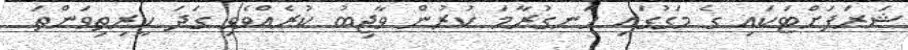
ޝަރަފަށްޓަކައި ގެ މަގުގައި ހަނގުރާމަ ކުރުން ވާޖިބު ކުރެއްވެވި ގަދަ ކީރިތިވަންތަ